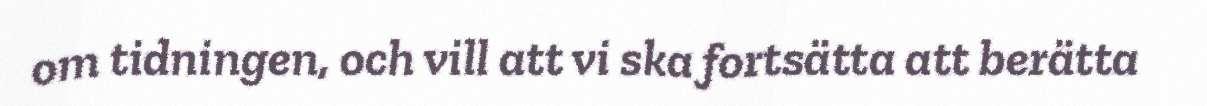
om tidningen, och vill att vi ska fortsätta att berätta